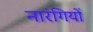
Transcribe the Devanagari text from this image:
नारंगियों